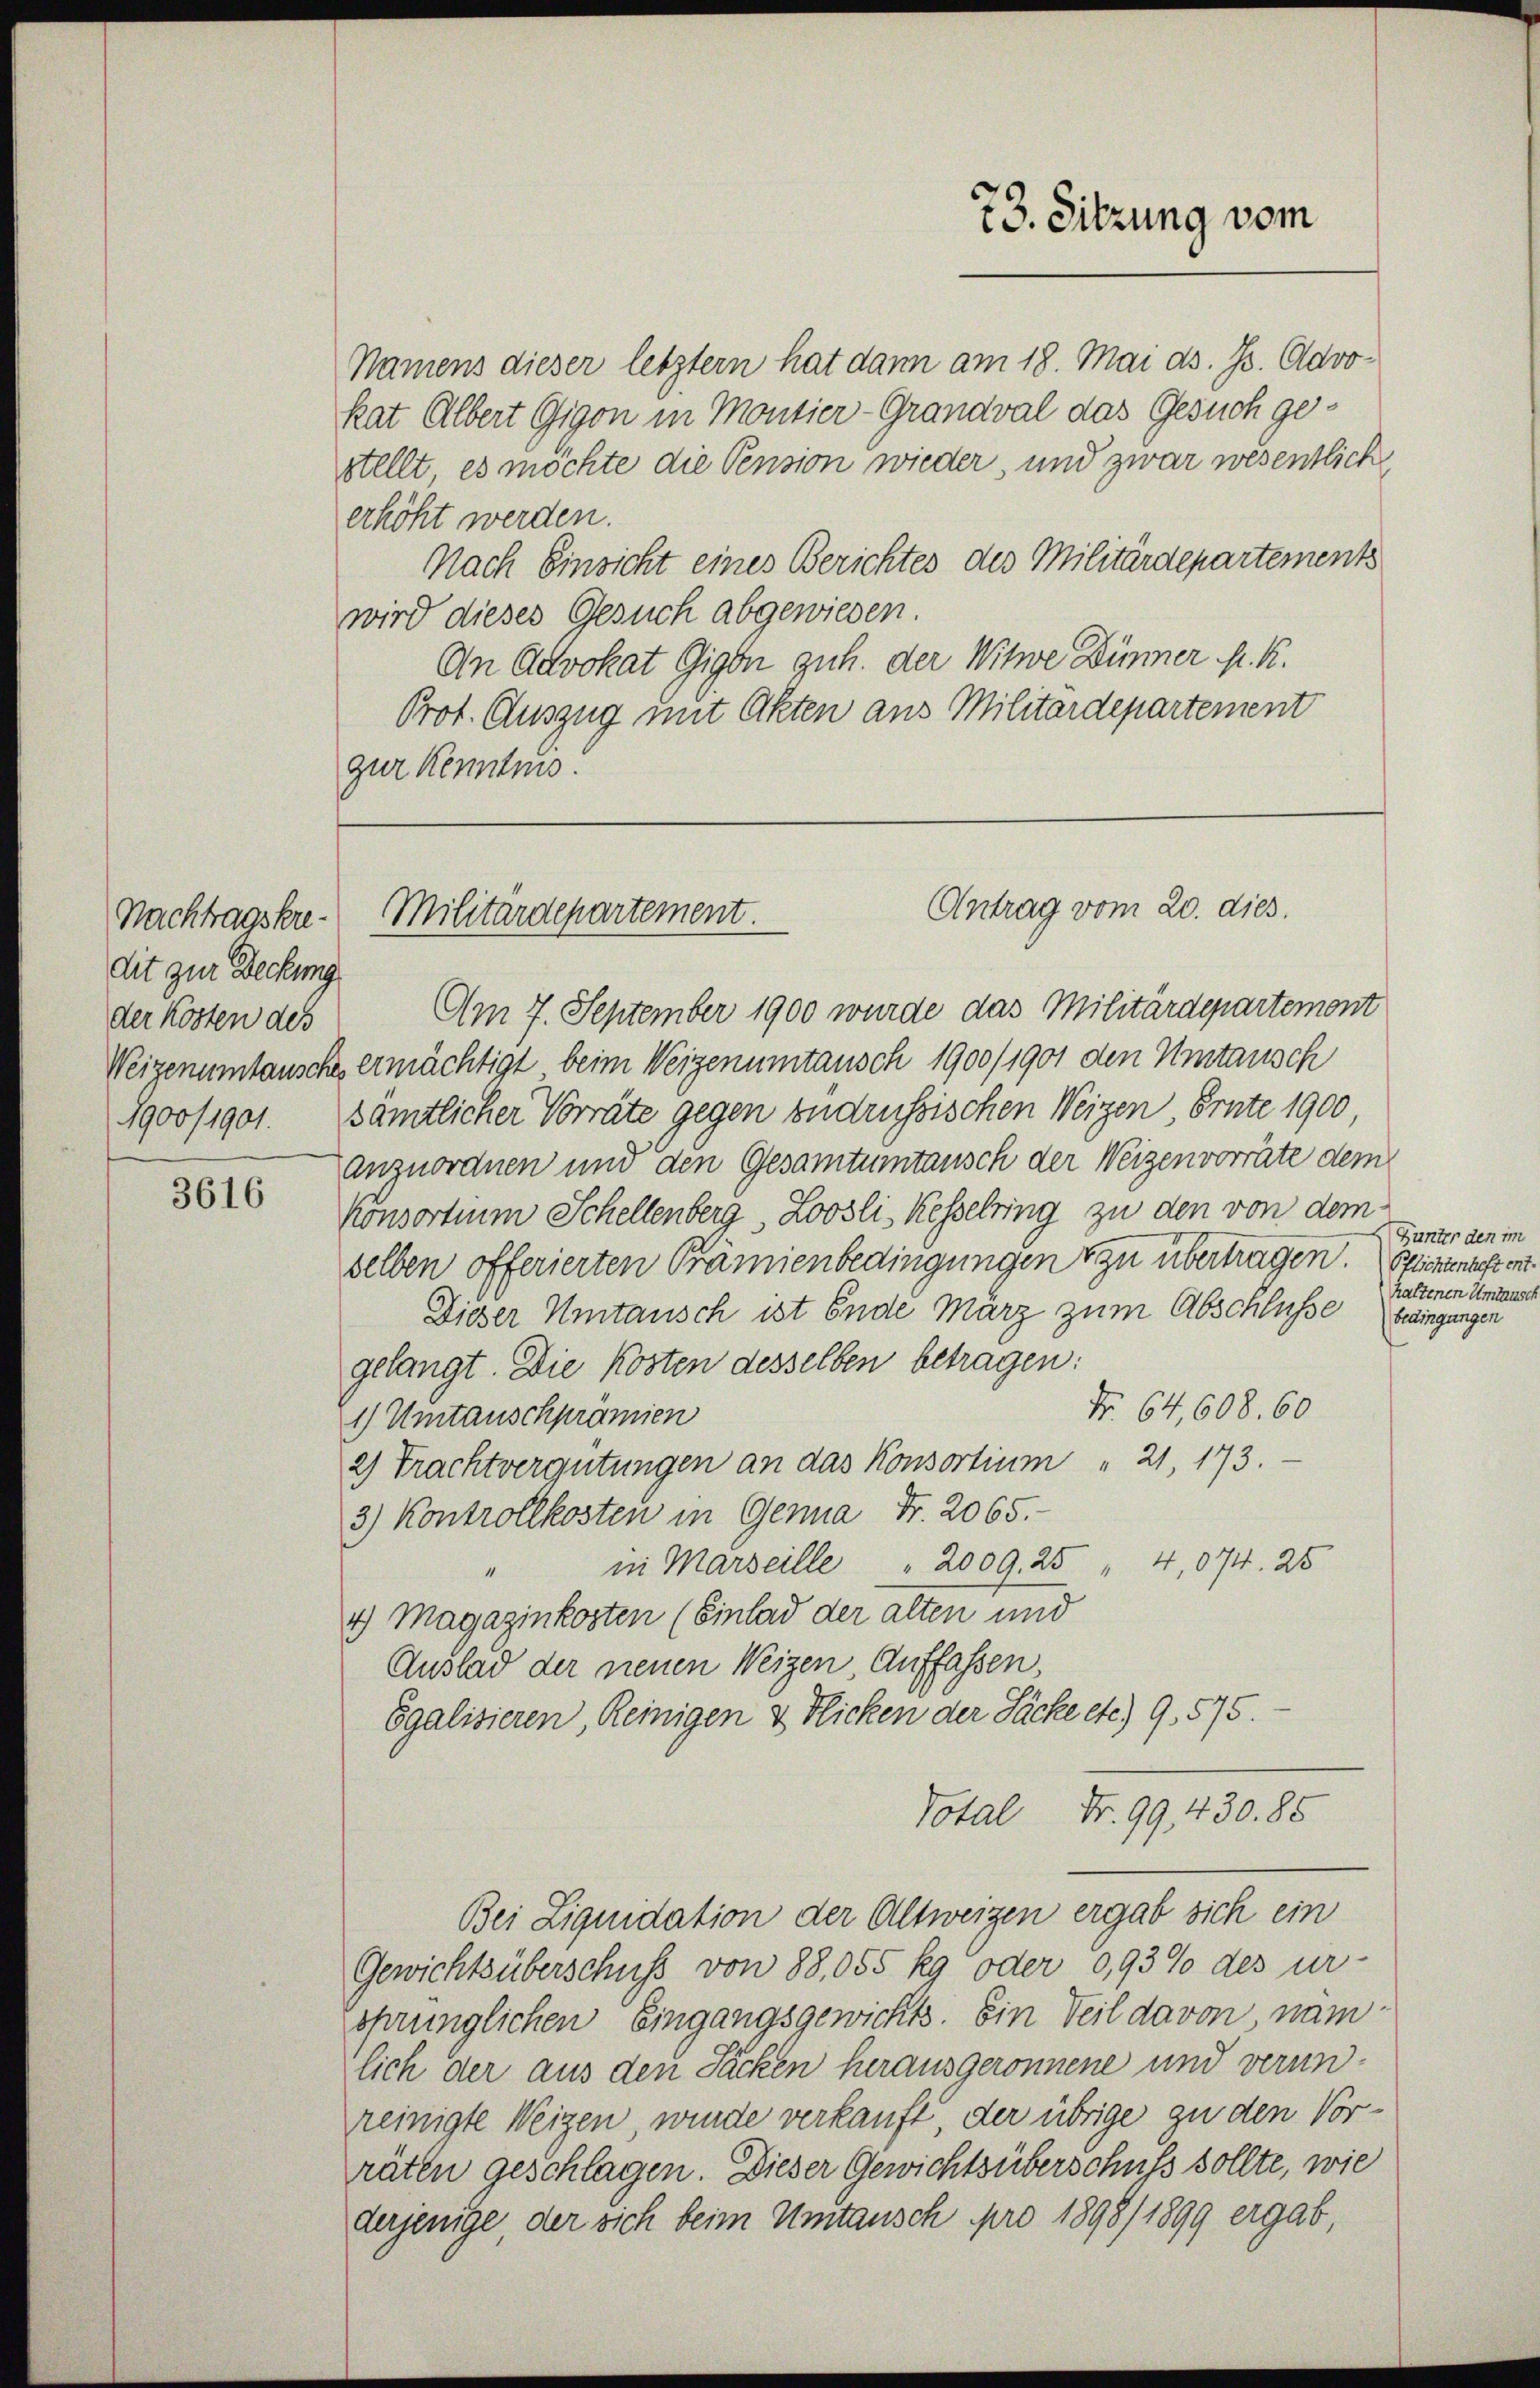
Nachtragskre-
dit zur Deckung
der Kosten des
1900/1901.

3616

Namens dieser letztern hat dann am 18. Mai d. Js. Advokat Albert Gigon in Montier-Grandval das Gesuch gestellt es möchte die Pension wieder, und zwar wesentlich
erhöht werden.
Nach Einsicht eines Berichtes des Militärdepartements
wird dieses Gesuch abgewiesen.
An Advokat Gigen guh. der Witwe Dünner K. K.
Prot. Auszug mit Akten aus Militärdepartement
zur Kenntnis.

Antrag vom 20. dies
Militärdepartement.

73. Sitzung vom

Am 7. September 1900 wurde das Militärdepartement
Weizenumtausche ermächtigt beim Weigenumtausch 1900/1901 den Umtausch
sämtlicher Vorräte gegen zudrussischen Weizen Ernte 1900,
anzuordnen und den Gesamtumtausch der Weizen vorräte dem
Konsortium Schellenberg, Loosli, Kesselring zu den von dem
selben offerierten Prämienbedingungen zu übertragen. Stickenastens
Dieser Umtausch ist Ende Marz zum Abschlüsse
gelangt. Die Kosten desselben betragen:
Nr 64,608. 60
1) Umtauschprämien
2) Trachtvergütungen an das Konsortium " 21, 173.
3) Kontrollkosten in Genua Fr. 2065.
in Marseille " 2009, 25 " 4,074. 25
4.) Magazinkosten (Einlad der alten und
Auslad der neuen Weizen, Auffassen,
Egalisieren, Reinigen & Flicken der Päcke etc.) 9,575.
Total Fr. 99, 430. 85
Bei Liquidation der Altweigen ergab sich ein
Gewichtsüberschuß von 88,055 kg oder 0,93% des ur-
Esprünglichen Eingangsgewichts. Ein Teil davon nämlich der aus den Sacken herausgeronnene und verunreinigte Weigen, wurde verkauft, der übrige zu den Vorräten geschlagen. Dieser Gewichtsüberschuss sollte, wie
derjenige, der sich beim Umtausch pro 1898/ 1899 ergab,

Funter den im
haltenen Umtaust
bedingungen